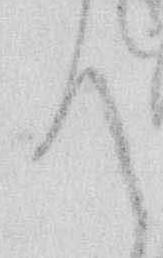
て